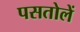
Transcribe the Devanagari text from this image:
पसतोलें